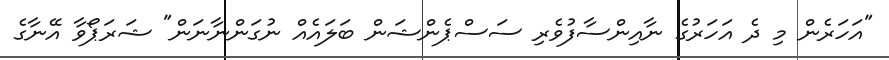
"އަހަރެން މި ދެ އަހަރުގެ ނާއިންސާފުވެރި ސަސްޕެންޝަން ބަލައެއް ނުގަންނާނަން" ޝަރަޕޯވާ އޭނާގެ